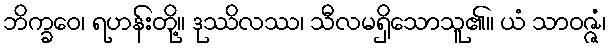
ဘိက္ခဝေ၊ ရဟန်းတို့။ ဒုဿိလဿ၊ သီလမရှိသောသူ၏။ ယံ သာဝဇ္ဇံ၊